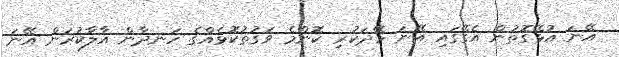
އޭނަ އުޅޭގޮތުން އެގޭގައި އޭނަ ހޭދަކުރި ކޮންމެ ވަގުތުކޮޅެއްގެ ހަނދާން އާލާކުރަން އޭނަ